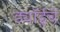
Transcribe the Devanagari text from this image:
ड्यॉईचे